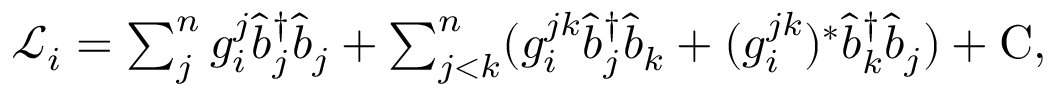
\begin{array} { r } { \mathscr { L } _ { i } = \sum _ { j } ^ { n } g _ { i } ^ { j } \hat { b } _ { j } ^ { \dagger } \hat { b } _ { j } + \sum _ { j < k } ^ { n } ( g _ { i } ^ { j k } \hat { b } _ { j } ^ { \dagger } \hat { b } _ { k } + ( g _ { i } ^ { j k } ) ^ { * } \hat { b } _ { k } ^ { \dagger } \hat { b } _ { j } ) + \mathrm { C } , } \end{array}